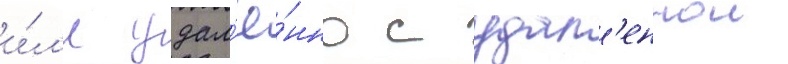
и́л'и удал'ё́нно с удал'еннои